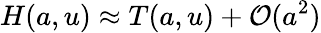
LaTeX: H(a,u)\approx T(a,u)+{\mathcal{O}}(a^{2})